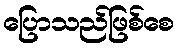
ပြောသည်ဖြစ်စေ